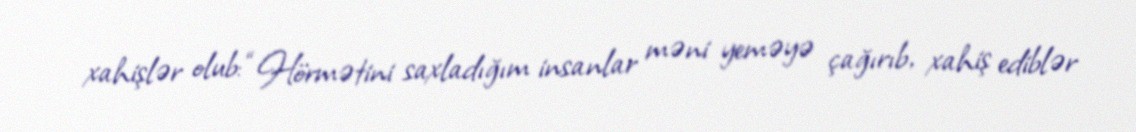
xahişlər olub: “Hörmətini saxladığım insanlar məni yeməyə çağırıb, xahiş ediblər